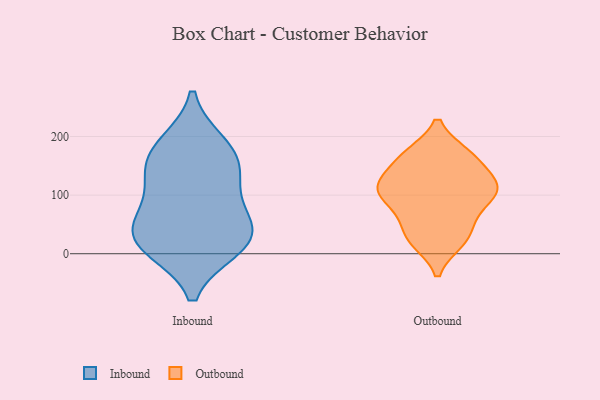
{"axis": {"x": "Waste Production (Tons)", "y": "Value"}, "legend": ["Inbound", "Outbound"], "data": [{"x": "", "y": 18, "type": "Inbound"}, {"x": "", "y": 42, "type": "Inbound"}, {"x": "", "y": 11, "type": "Inbound"}, {"x": "", "y": 144, "type": "Inbound"}, {"x": "", "y": 20, "type": "Inbound"}, {"x": "", "y": 175, "type": "Inbound"}, {"x": "", "y": 136, "type": "Inbound"}, {"x": "", "y": 90, "type": "Inbound"}, {"x": "", "y": 53, "type": "Inbound"}, {"x": "", "y": 186, "type": "Inbound"}, {"x": "", "y": 169, "type": "Outbound"}, {"x": "", "y": 81, "type": "Outbound"}, {"x": "", "y": 21, "type": "Outbound"}, {"x": "", "y": 49, "type": "Outbound"}, {"x": "", "y": 170, "type": "Outbound"}, {"x": "", "y": 100, "type": "Outbound"}, {"x": "", "y": 168, "type": "Outbound"}, {"x": "", "y": 100, "type": "Outbound"}, {"x": "", "y": 143, "type": "Outbound"}, {"x": "", "y": 112, "type": "Outbound"}, {"x": "", "y": 73, "type": "Outbound"}, {"x": "", "y": 46, "type": "Outbound"}, {"x": "", "y": 109, "type": "Outbound"}, {"x": "", "y": 119, "type": "Outbound"}, {"x": "", "y": 106, "type": "Outbound"}, {"x": "", "y": 124, "type": "Outbound"}, {"x": "", "y": 124, "type": "Outbound"}, {"x": "", "y": 170, "type": "Outbound"}, {"x": "", "y": 20, "type": "Outbound"}, {"x": "", "y": 21, "type": "Outbound"}]}